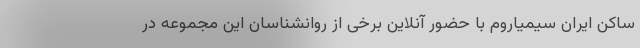
ساکن ایران سیمیاروم با حضور آنلاین برخی از روانشناسان این مجموعه در